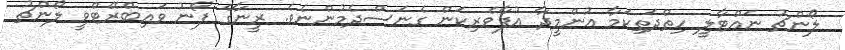
ލޯންޗު ނައްޓާލީ ހިތްދަތިކަމާ އުންމީދާ އުފާވެރިކަން ގެނަސްދެމުންނެވެ. ރީނާގެ ފޯނު ވައިބްރޭޓްވީ ލޯންޗު